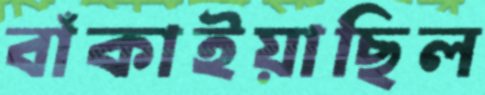
বাঁকাইয়াছিল